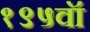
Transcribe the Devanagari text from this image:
१९५वॉ